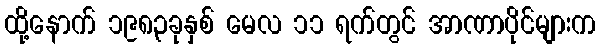
ထို့နောက် ၁၉၈၃ခုနှစ် မေလ ၁၁ ရက်တွင် အာဏာပိုင်များက